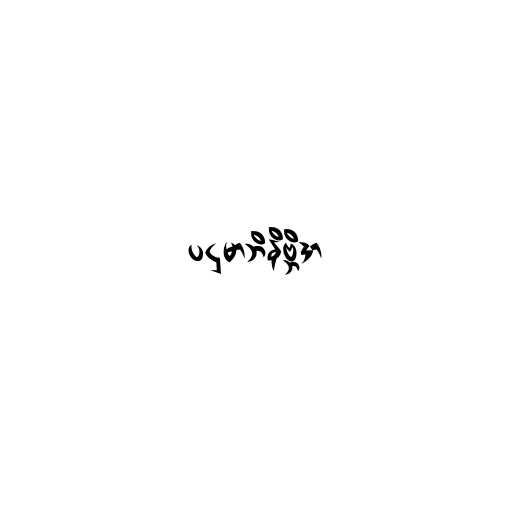
ပဌမာဘိနိဗ္ဘိဒာ